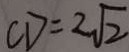
C D = 2 \sqrt { 2 }